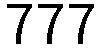
777